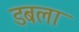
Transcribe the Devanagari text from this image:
डबला